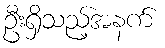
ဦးရှိသည့်အနက်